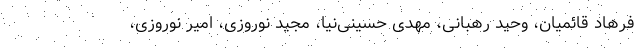
فرهاد قائمیان، وحید رهبانی، مهدی حسینی‌نیا، مجید نوروزی، امیر نوروزی،